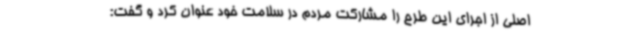
اصلی از اجرای این طرح را مشارکت مردم در سلامت خود عنوان کرد و گفت: